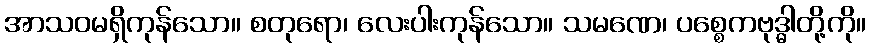
အာသဝမရှိကုန်သော။ စတုရော၊ လေးပါးကုန်သော။ သမဏေ၊ ပစ္စေကဗုဒ္ဓါတို့ကို။